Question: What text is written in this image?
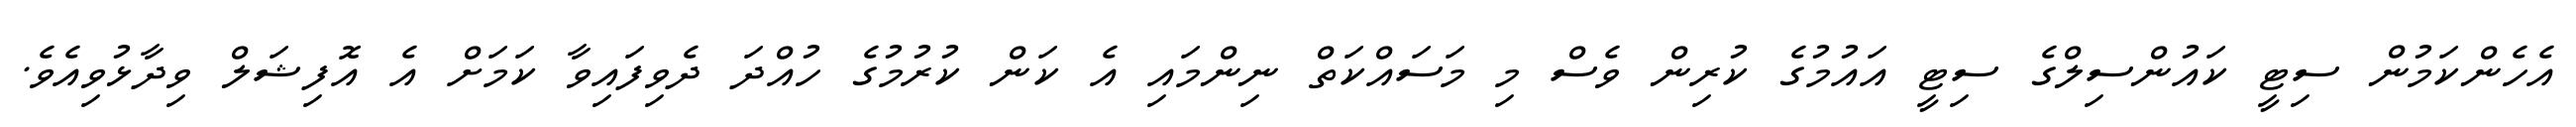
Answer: އެހެންކަމުން ސިޓީ ކައުންސިލްގެ ސިޓީ އައުމުގެ ކުރިން ވެސް މި މަސައްކަތް ނިންމައި އެ ކަން ކުރުމުގެ ހުއްދަ ދެވިފައިވާ ކަމަށް އެ އޮފިޝަލް ވިދާޅުވިއެވެ.